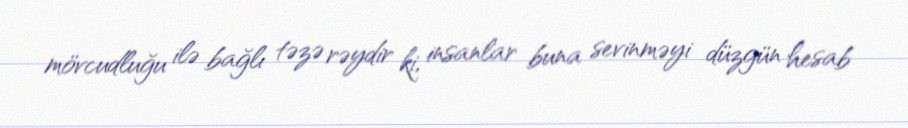
mövcudluğu ilə bağlı təzə rəydir ki, insanlar buna sevinməyi düzgün hesab